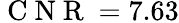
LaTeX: \mathrm{~C~N~R~}=7.63